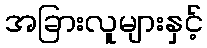
အခြားလူများနှင့်